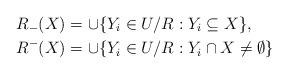
LaTeX: \begin{align*}R_{-}(X) & =\cup\{Y_{i}\in U/R:Y_{i}\subseteq X\}, \\R^{-}(X) & =\cup\{Y_{i}\in U/R:Y_{i}\cap X\neq\emptyset\}\end{align*}